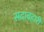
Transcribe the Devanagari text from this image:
सदाबहारी